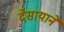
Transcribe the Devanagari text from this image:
देसायाने